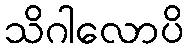
သိဂါလောပိ